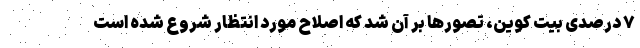
۷ درصدی بیت کوین، تصورها بر آن شد که اصلاح مورد انتظار شروع شده است